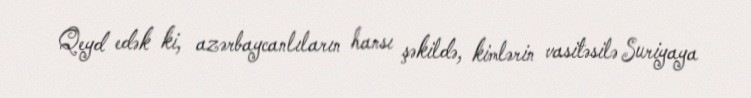
Qeyd edək ki, azərbaycanlıların hansı şəkildə, kimlərin vasitəsilə Suriyaya